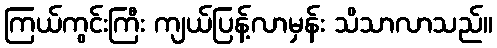
ကြယ်ကွင်းကြီး ကျယ်ပြန့်လာမှန်း သိသာလာသည်။